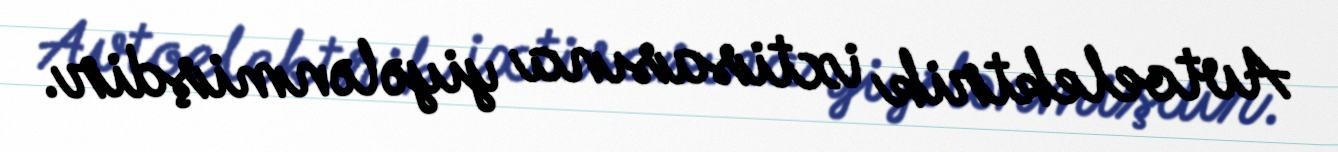
Avtoelektrik ixtisasına yiyələnmişdir.